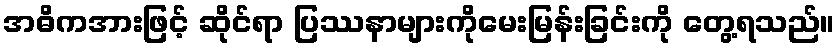
အဓိကအားဖြင့် ဆိုင်ရာ ပြဿနာများကိုမေးမြန်းခြင်းကို တွေ့ရသည်။